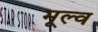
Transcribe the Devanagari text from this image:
मूल्व